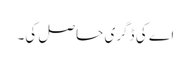
اے کی ڈگری حاصل کی۔